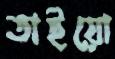
তাইয়ো